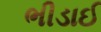
ભીડાઈ